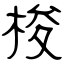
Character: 梭